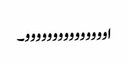
اووووووووووووووو۔